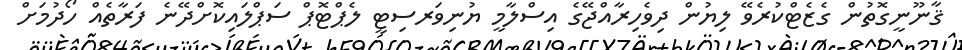
ޤާނޫނީގޮތުން ގެޒެޓްކުރެވޭ ލިޔުން ދިވެހިރާއްޖޭގެ އިސްލާމީ ޔުނިވަރސިޓީ ލެޕްޓޮޕް ސަޕްލައިކޮށްދޭނެ ފަރާތެއް ހޯދުމަށް